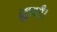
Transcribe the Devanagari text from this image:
सुन्नी।